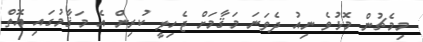
މިމެޗުން މޮޅުވެ ނިއު ދެވަނަ މަޤާމަށް ޖެހިލީ ކުރިން އެ މަޤާމުގައި އޮތް